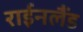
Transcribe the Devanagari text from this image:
राईनलैंड